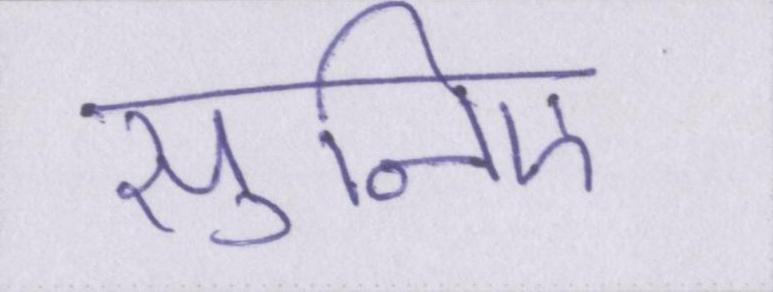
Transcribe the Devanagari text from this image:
सुनिए।